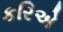
કરિએ